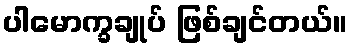
ပါမောက္ခချုပ် ဖြစ်ချင်တယ်။